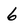
Character: 6